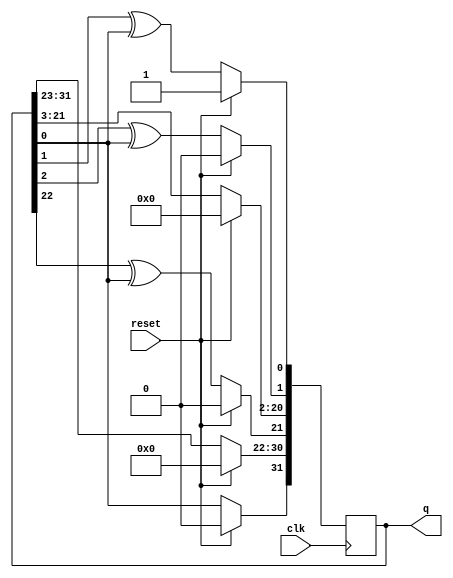
/*

Copyright 2022 Marc Ketel
SPDX-License-Identifier: Apache-2.0

*/

`default_nettype none

module top_module (
    input wire clk,
    input wire reset,
    output wire [31:0] q
);

  reg [32:1] q_i;
  assign q = q_i;

  always @(posedge clk) begin
    if (reset) q_i <= 32'd1;
    else begin
      q_i[1] <= q_i[2] ^ q_i[1];
      q_i[2] <= q_i[3] ^ q_i[1];
      q_i[21:3] <= q_i[22:4];
      q_i[22] <= q_i[23] ^ q_i[1];
      q_i[31:23] <= q_i[32:24];
      q_i[32] <= q_i[1] ^ 1'b0;
    end
  end

endmodule